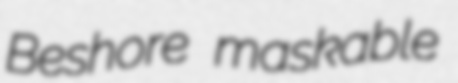
Beshore maskable